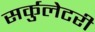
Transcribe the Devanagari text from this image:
सर्कुलेटरी